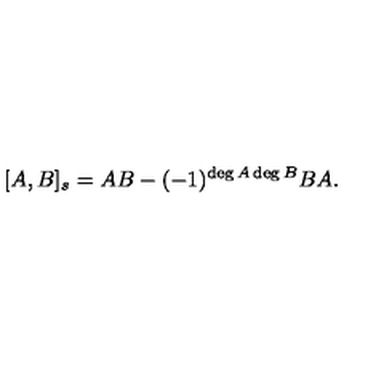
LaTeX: [ A , B ] _ { s } = A B - ( - 1 ) ^ { \deg A \deg B } B A .